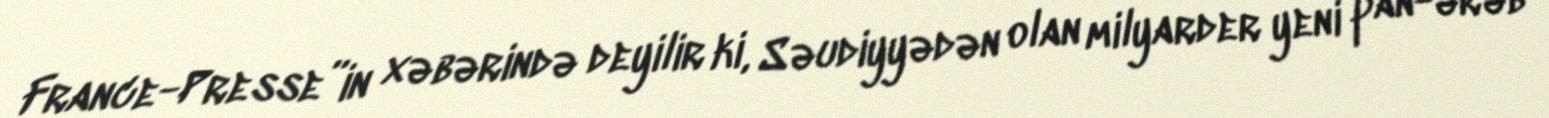
France-Presse”in xəbərində deyilir ki, Səudiyyədən olan milyarder yeni pan-ərəb